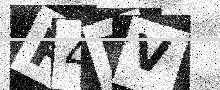
Text: P4PV